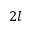
2 l